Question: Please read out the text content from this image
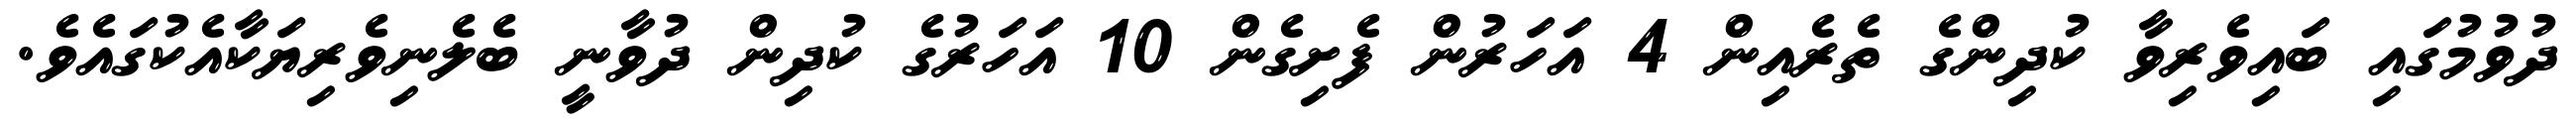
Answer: ދުވުމުގައި ބައިވެރިވާ ކުދިންގެ ތެރެއިން 4 އަހަރުން ފެށިގެން 10 އަހަރުގެ ކުދިން ދުވާނީ ބެލެނިވެރިޔަކާއެކުގައެވެ.